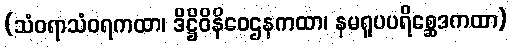
(သံဝရာသံဝရကထာ၊ ဒိဋ္ဌိဝိနိဝေဌနကထာ၊ နမရူပပရိစ္ဆေဒကထာ)